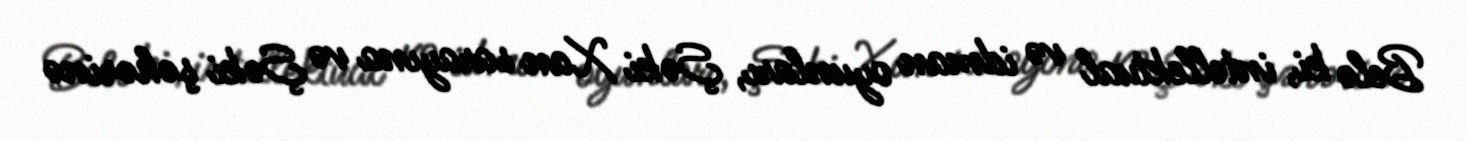
Belə ki, intellektual və idman oyunları, Şəki Xan sarayına və Şəki şəhərinə